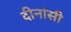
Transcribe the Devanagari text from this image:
दीनांसी